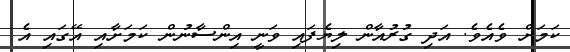
ކަމަށް ވެއެވެ. އަދި ގުރުއާން ލިޔެފައި ވަނީ އިންސާނުން ކަމަށާއި އޭގައި އެ